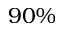
9 0 \%